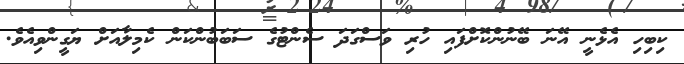
ކިބިހި އެޅެނީ އޭނަ ބޭނުންކޮށްފައި ހުރި ވަސްގަދަ ސެންޓުގެ ސަބަބުންކަން ކެމިލާއަށް ޔަގީންވިއެވެ.